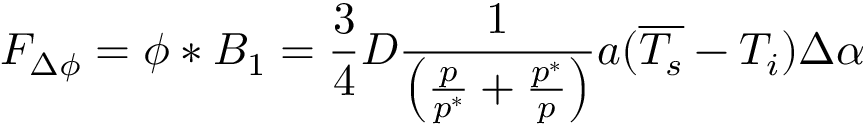
F _ { \Delta \phi } = \phi * B _ { 1 } = \frac { 3 } { 4 } D \frac { 1 } { \left( \frac { p } { p ^ { * } } + \frac { p ^ { * } } { p } \right) } a ( \overline { { T _ { s } } } - T _ { i } ) \Delta \alpha